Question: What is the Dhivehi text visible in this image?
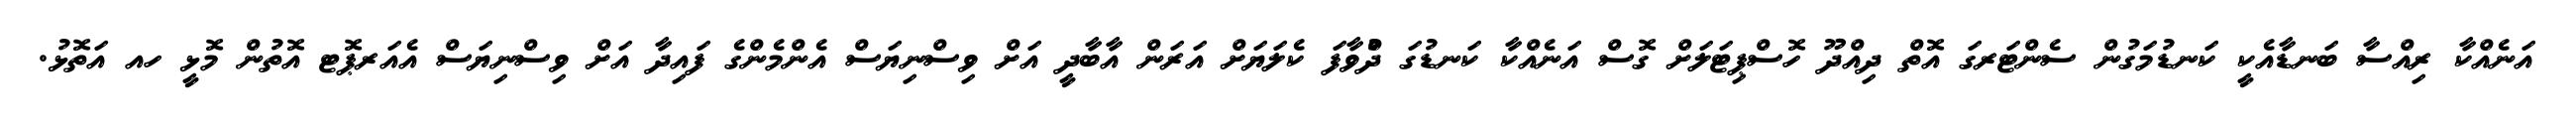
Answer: އަނެއްކާ ރިއްސާ ބަނޑާއެކީ ކަނޑުމަގުން ސެންޓަރގަ އޮތް ދިއްދޫ ހޮސްޕިޓަލަށް ގޮސް އަނެއްކާ ކަނޑުގަ ދުްވާފަ ކެލަޔަށް އަރަން އާބާދީ އަށް ވިސްނިޔަސް އެންމެންގެ ފައިދާ އަށް ވިސްނިޔަސް އެއަރޕޮޓ އޮތުން މޮޅީ ހއ އަތޮޅު.